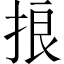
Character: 𢭗